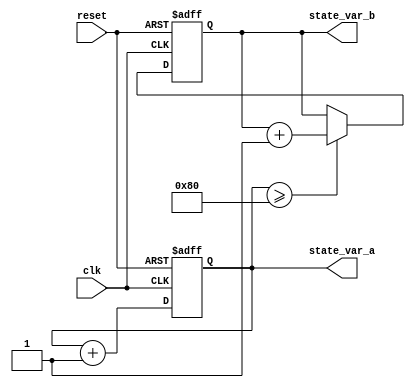
module parameter_focused_initialization #(
    parameter integer DATA_WIDTH = 8,
    parameter integer THRESHOLD = 128,
    localparam integer DEFAULT_VALUE = 0
) (
    input wire clk,
    input wire reset,
    output reg [DATA_WIDTH-1:0] state_var_a,
    output reg [DATA_WIDTH-1:0] state_var_b
);

// Initial block for parameter-focused initialization
initial begin
    state_var_a = DEFAULT_VALUE;
    state_var_b = DEFAULT_VALUE;

    // Conditional initialization based on parameters
    if (DATA_WIDTH > 8) begin
        state_var_a = 8'hFF; // For wider data widths, set a specific value
    end
    
    if (THRESHOLD < 100) begin
        state_var_b = 8'h00; // If threshold is low, initialize to 0
    end else begin
        state_var_b = 8'h7F; // Else, initialize to mid-range value
    end
end

// State variable update logic on clock edge
always @(posedge clk or posedge reset) begin
    if (reset) begin
        state_var_a <= DEFAULT_VALUE;
        state_var_b <= DEFAULT_VALUE;
    end else begin
        // Example behavior based on parameters (to be replaced with actual design logic)
        state_var_a <= state_var_a + 1;
        if (state_var_a >= THRESHOLD) begin
            state_var_b <= state_var_b + 1; // Increment state_var_b when state_var_a exceeds threshold
        end
    end
end

// Function to reset state variables for testing
task reset_state;
    begin
        state_var_a = DEFAULT_VALUE;
        state_var_b = DEFAULT_VALUE;
    end
endtask

endmodule